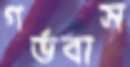
গর্ভবাস